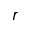
\boldsymbol r